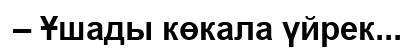
– Ұшады көкала үйрек...